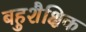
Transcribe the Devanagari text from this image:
बहुशैक्षिक